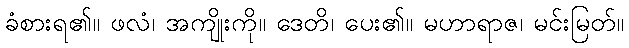
ခံစားရ၏။ ဖလံ၊ အကျိုးကို။ ဒေတိ၊ ပေး၏။ မဟာရာဇ၊ မင်းမြတ်။